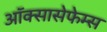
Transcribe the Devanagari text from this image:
ऑक्सासेफेम्स